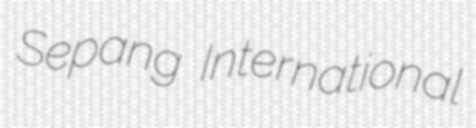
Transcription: Sepang International